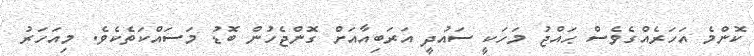
ކޮންމެ އަހަރެއްގެވެސް ޙައްޖު މަހަކީ ސައުދީ އަރަބިއާއަށް ގޮންޖެހުން ބޮޑު މަސައްކަތެކެވެ. މިއަހަރު